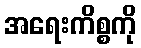
အရေးကိစ္စကို